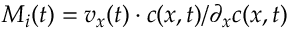
M _ { i } ( t ) = v _ { x } ( t ) \cdot c ( x , t ) / \partial _ { x } c ( x , t )